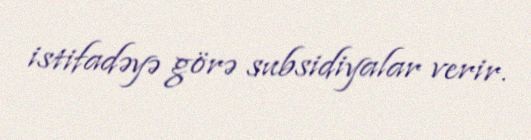
istifadəyə görə subsidiyalar verir.